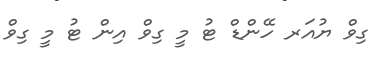
ގިވް ޔުއަރ ހޭންޑް ޓު މީ ގިވް އިން ޓު މީ ގިވް